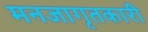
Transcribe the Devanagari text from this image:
मनजागृतकारी